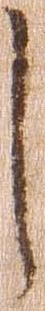
し